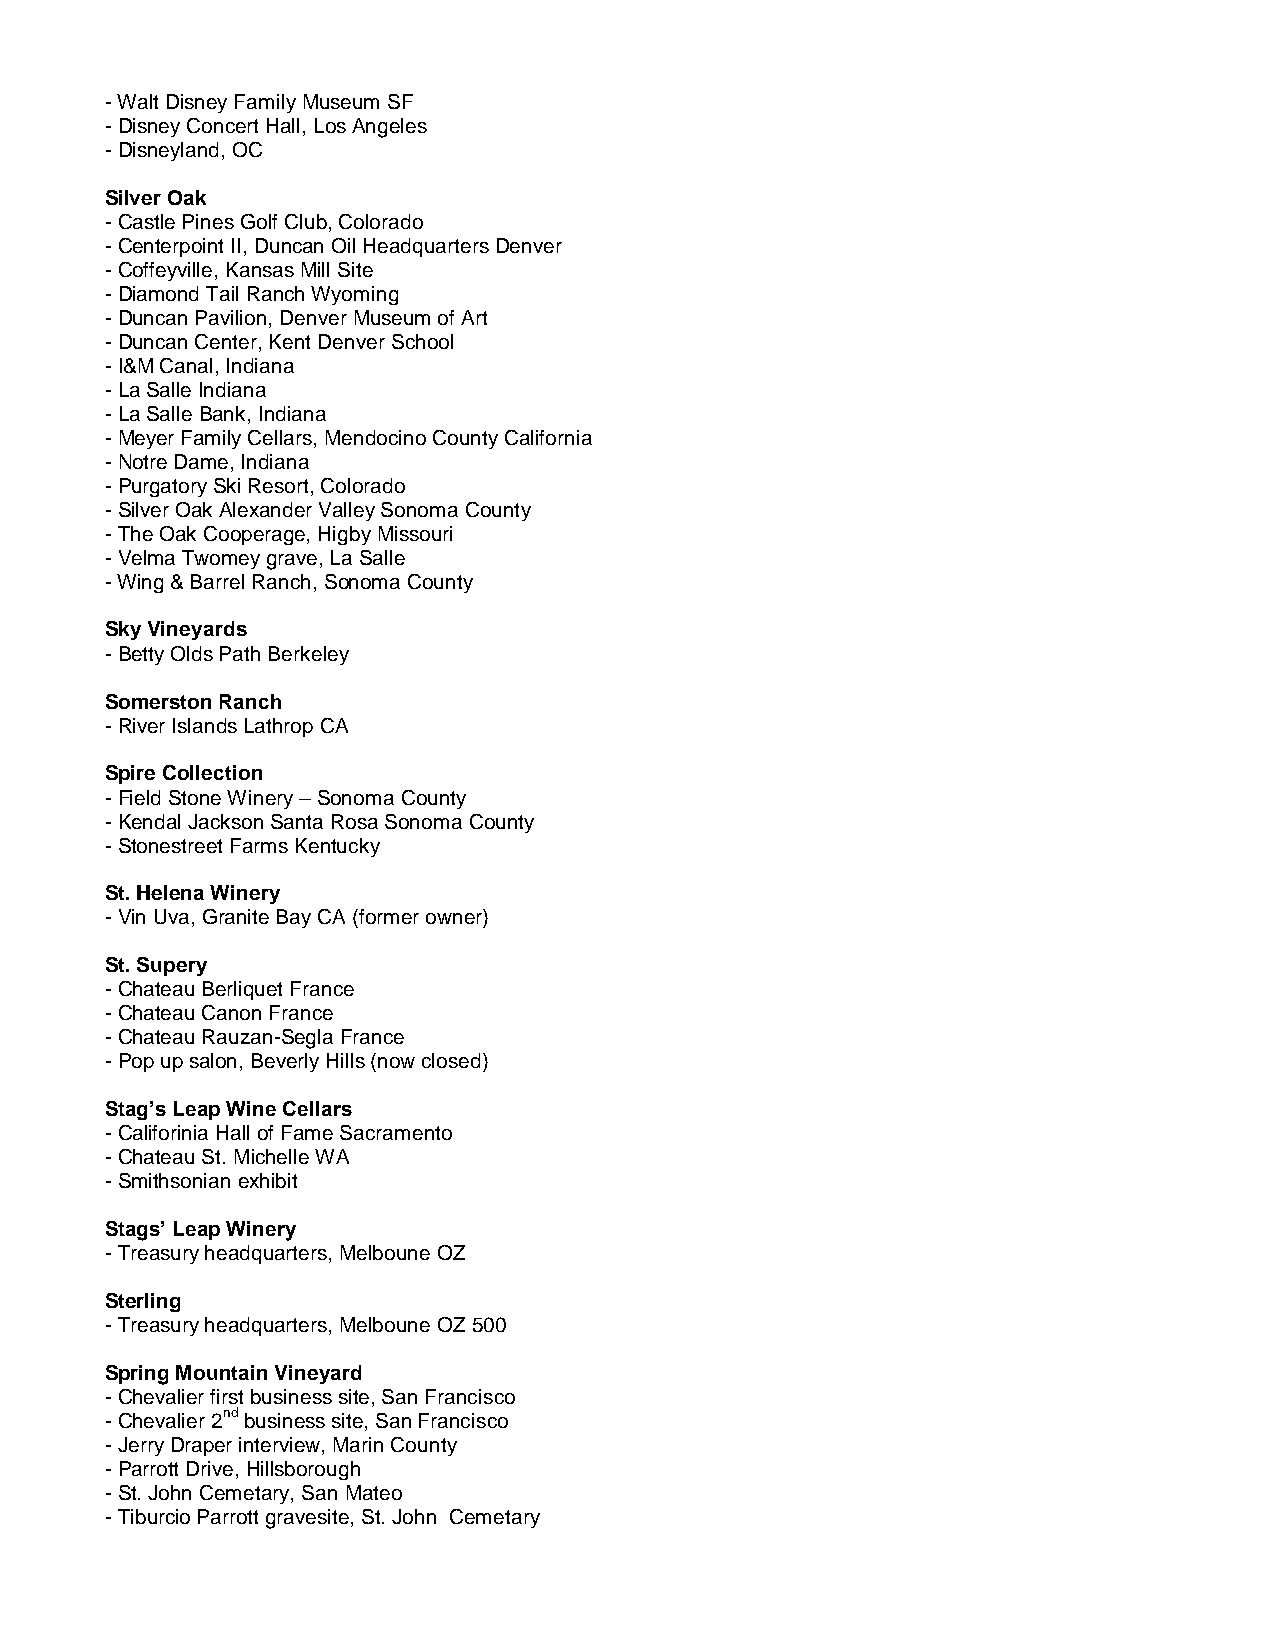
- Walt Disney Family Museum SF
 - Disney Concert Hall, Los Angeles
 - Disneyland, OC
 Silver Oak
 - Castle Pines Golf Club, Colorado
 - Centerpoint II, Duncan Oil Headquarters Denver
 - Coffeyville, Kansas Mill Site
 - Diamond Tail Ranch Wyoming
 - Duncan Pavilion, Denver Museum of Art
 - Duncan Center, Kent Denver School
 - I&M Canal, Indiana
 - La Salle Indiana
 - La Salle Bank, Indiana
 - Meyer Family Cellars, Mendocino County California
 - Notre Dame, Indiana
 - Purgatory Ski Resort, Colorado
 - Silver Oak Alexander Valley Sonoma County
 - The Oak Cooperage, Higby Missouri
 - Velma Twomey grave, La Salle
 - Wing & Barrel Ranch, Sonoma County
 Sky Vineyards
 - Betty Olds Path Berkeley
 Somerston Ranch
 - River Islands Lathrop CA
 Spire Collection
 - Field Stone Winery – Sonoma County
 - Kendal Jackson Santa Rosa Sonoma County
 - Stonestreet Farms Kentucky
 St. Helena Winery
 - Vin Uva, Granite Bay CA (former owner)
 St. Supery
 - Chateau Berliquet France
 - Chateau Canon France
 - Chateau Rauzan-Segla France
 - Pop up salon, Beverly Hills (now closed)
 Stag’s Leap Wine Cellars
 - Califorinia Hall of Fame Sacramento
 - Chateau St. Michelle WA
 - Smithsonian exhibit
 Stags’ Leap Winery
 - Treasury headquarters, Melboune OZ
 Sterling
 - Treasury headquarters, Melboune OZ 500
 Spring Mountain Vineyard
 - Chevalier first business site, San Francisco
 - Chevalier 2nd business site, San Francisco
 - Jerry Draper interview, Marin County
 - Parrott Drive, Hillsborough
 - St. John Cemetary, San Mateo
 - Tiburcio Parrott gravesite, St. John Cemetary